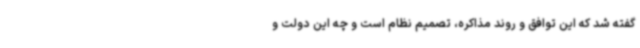
گفته شد که این توافق و روند مذاکره، تصمیم نظام است و چه این دولت و